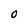
Character: O